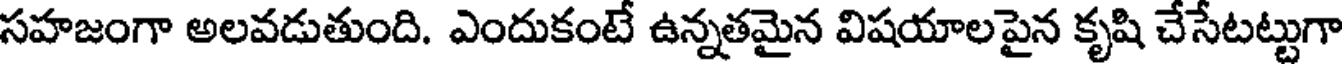
సహజంగా అలవడుతుంది. ఎందుకంటే ఉన్నతమైన విషయాలపైన కృషి చేసేటట్టుగా